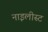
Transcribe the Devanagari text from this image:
नाइलीस्ट